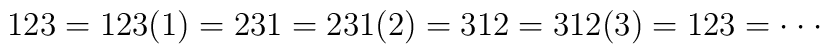
123 = 123(1) =231 = 231(2)=312 = 312(3)=123 = \cdot\cdot\cdot